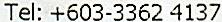
TEL: +603-3362 4137